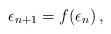
\begin{align*}\epsilon_{n+1} = f(\epsilon_{n}) \, ,\end{align*}